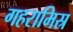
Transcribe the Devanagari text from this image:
गहरामिस्र